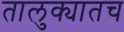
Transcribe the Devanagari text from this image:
तालुक्यातच